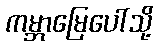
ကမ္ဘာမြေပေါ်သို့